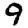
Digit: 9